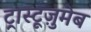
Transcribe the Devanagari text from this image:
ट्रास्टूज़ुमेब